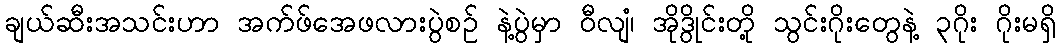
ချယ်ဆီးအသင်းဟာ အက်ဖ်အေဖလားပွဲစဉ် နဲ့ပွဲမှာ ဝီလျံ၊ အိုဒွိုင်းတို့ သွင်းဂိုးတွေနဲ့ ၃ဂိုး ဂိုးမရှိ